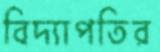
বিদ্যাপতির